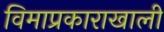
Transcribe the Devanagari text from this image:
विमाप्रकाराखाली